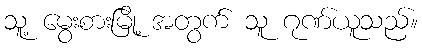
သူ့ မွေးစားမြို့ အတွက် သူ ဂုဏ်ယူသည်။